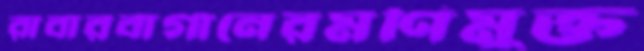
রাবারবাগানেরমণিমুক্ত